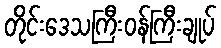
တိုင်းဒေသကြီးဝန်ကြီးချုပ်